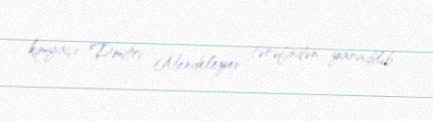
kimyaçı Dmitri Mendeleyev tərəfindən yaradılıb.